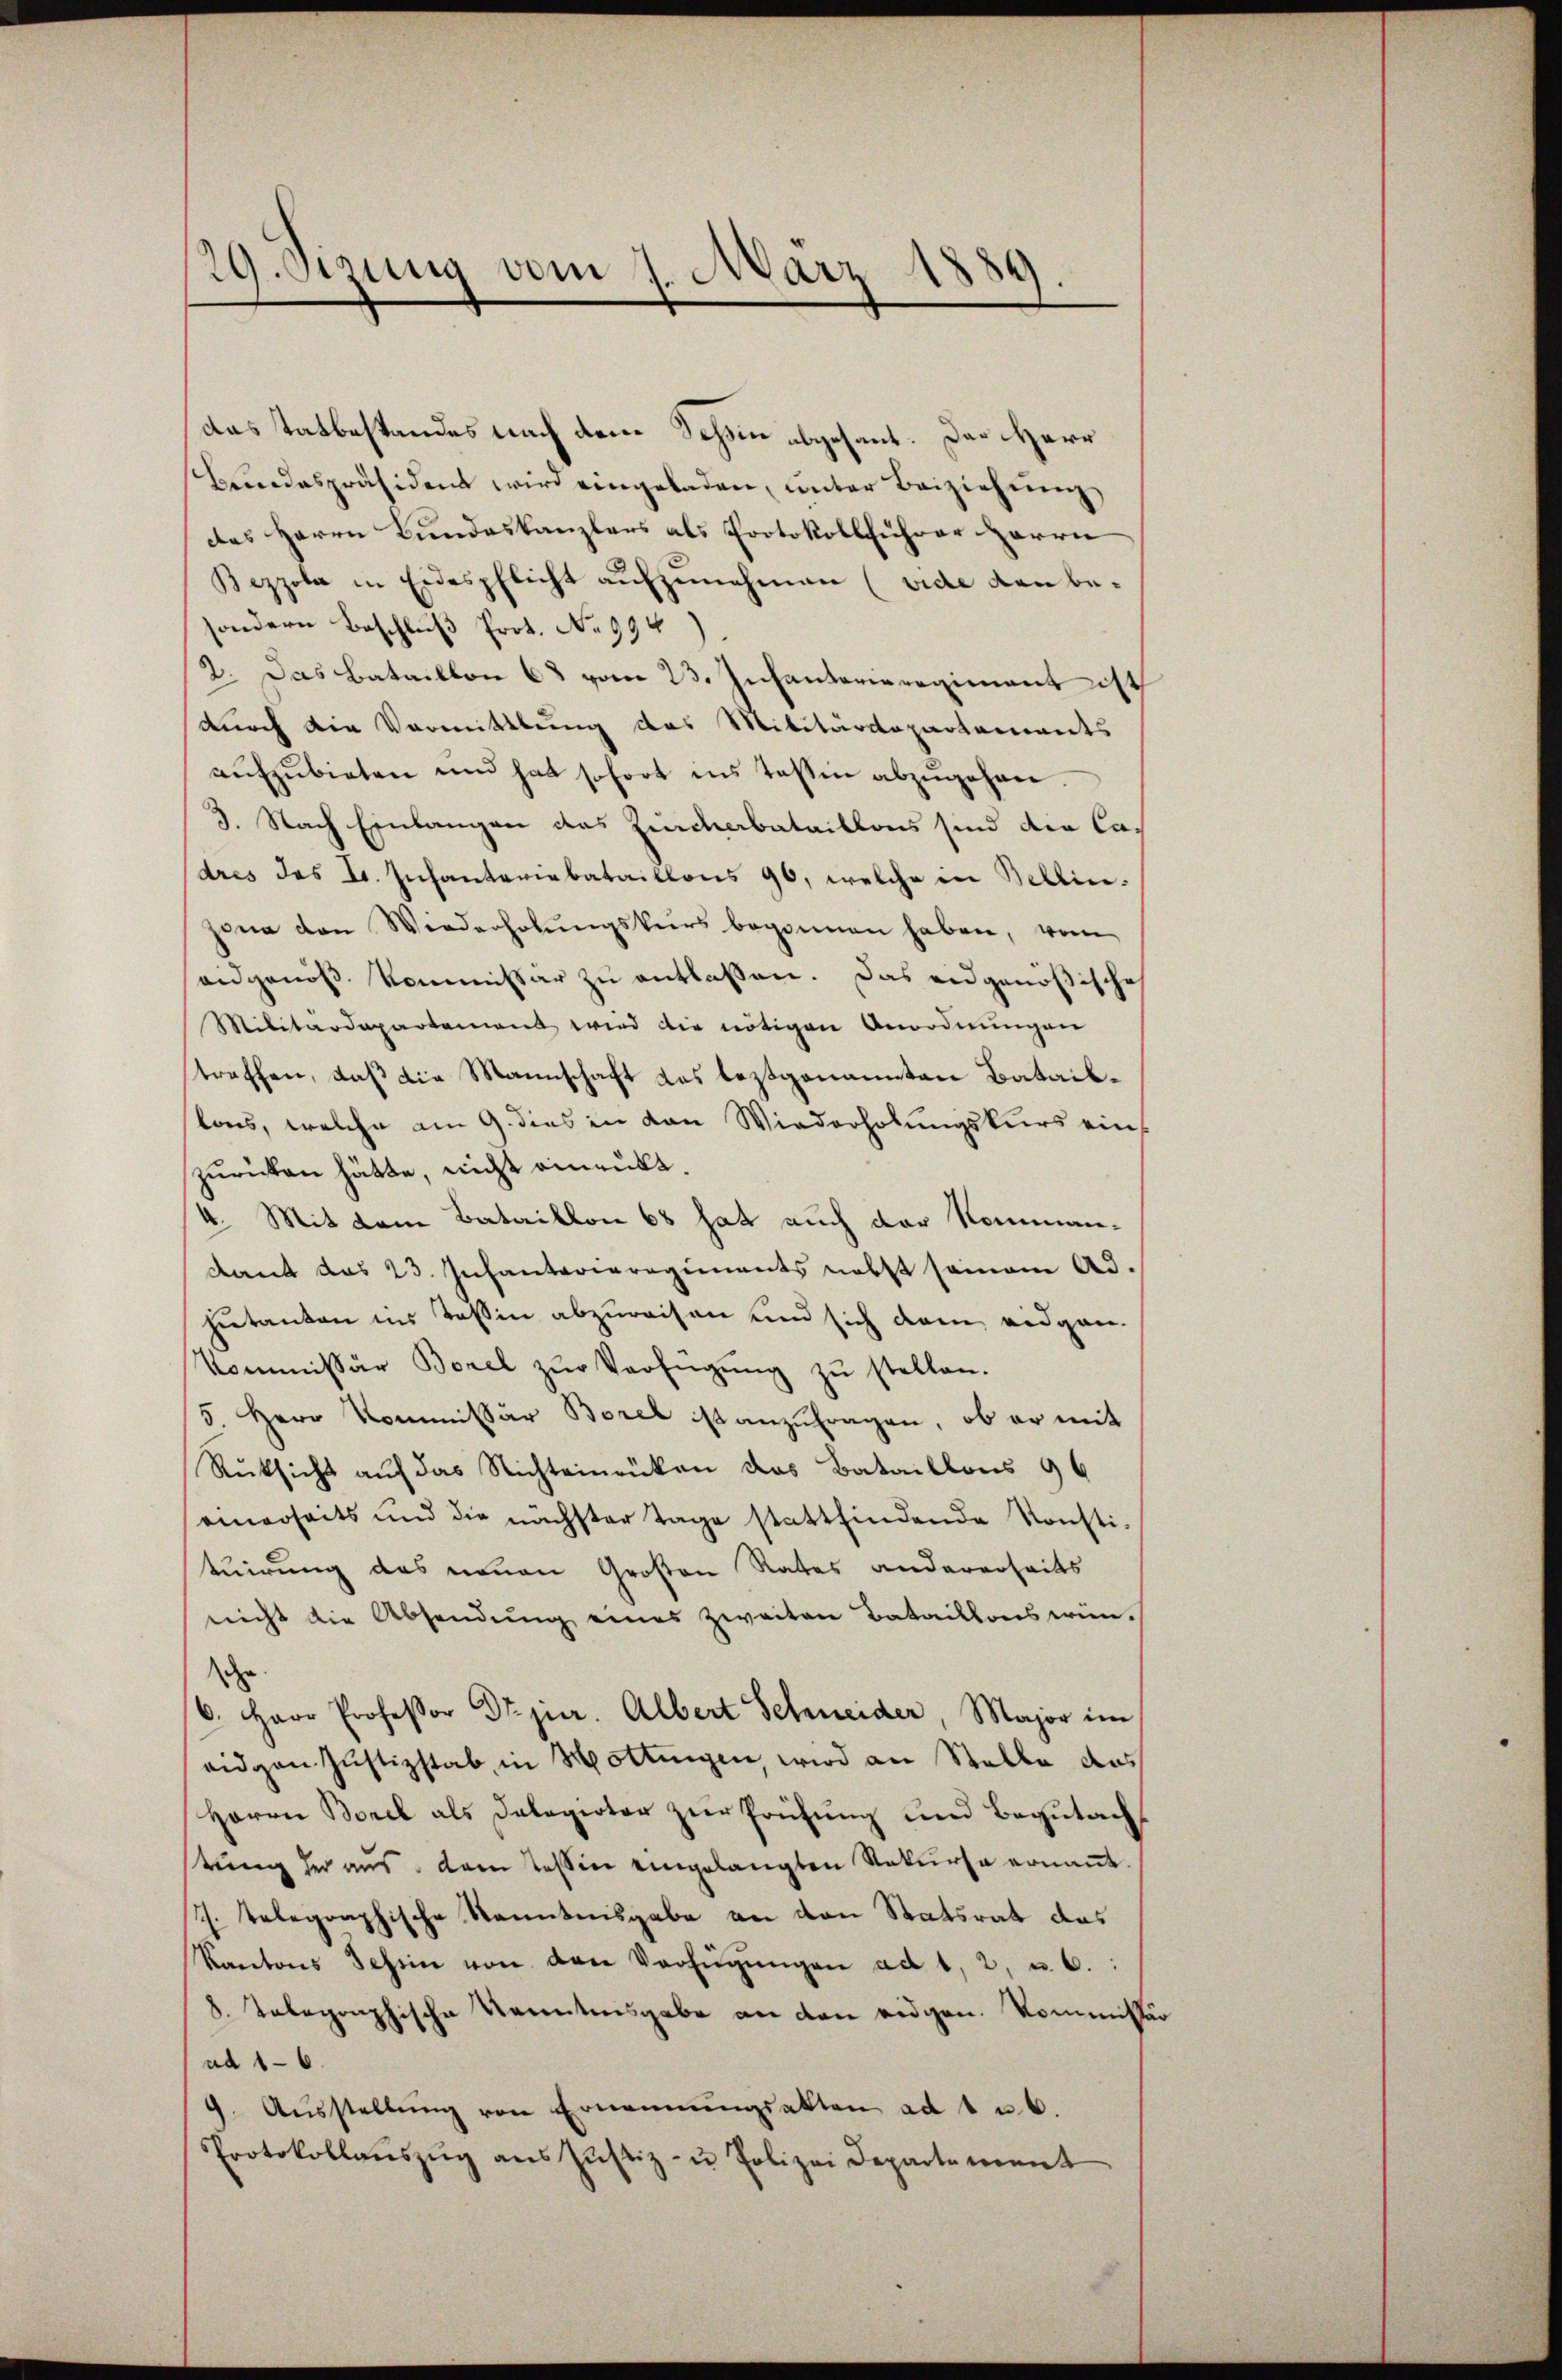
29. Sizung vom 7. März 18
)

das tatbestandes nach dem Schin abgesant. Der Herr
Beundespräsident wird eingeladen, unter Beiziehung
des Herrn Bundeskanzlers als Protokollführer Herrn
Bezzola in Eidespflicht aufzunehmen (vide dan besondern Beschluß Prot. No 994
2. Das Bataillon 68 vom 23. Infanterieregiment ist
durch die Vormittlung des Militärdepartements
aŭfzŭbieten und hat sofort ins Tessin abzŭgehen.
3. Nach Einlangen das Zinchabataillons sind die Cadres des L. Infanteriebataillons 96, welche in Bellin.
zona den Wiederholŭngskurs begonnen haben, vom
eidgenos Kommissar zu entlaßen. Das eidgenößische
Militärdepartement wird die nötigen Anordnungen
traffen, daß die Mannschaft das leztgenannten Bataillons, welche am 9. dies in den Wiederholungskurs einzurücken hätte, nicht einrückt.
4. Mit dem Bataillon 68 hat auch der Nommandant das 23. Infantarieregiments nebst seinem Ad-
hietanten ins Teßin abzureisen und sich deren eidgen.
Kommissär Borel zŭr Verfügŭng zŭ stellen.
5 Herr Kommissär Borel ist anzufragen, ob er mit
Rüksicht auf das Nichteinrüken das Bataillons 96
einerseits und die nächster Tage stattfindende Konstituirung das neuen Großen Rates andererseits
nicht die Absendung eines zweiten Bataillons wüne
6. Herr Professor Dr.jur. Albert Schneider, Major im
eidgen Justizstab, in Hottingen, wird an Stelle das
Herrn Borel als Delegirter zur Prüfung und Begutachtung der aus dem Tessin eingelangten Rekurse ernaṅt.
. telegraphische Kenntnisgabe an den Statsrat das
Kantons Tessin von den Verfügŭngen ad 1, 2, u. 6.
8. Telegraphische Kenntnisgabe an den eidgen. Kommissä
ad 16.
9. Aŭsstellŭng von Ernennungsakten ad 1 u. 6.
Protokollaŭszŭg ans Jŭstiz- u Polizei Departement